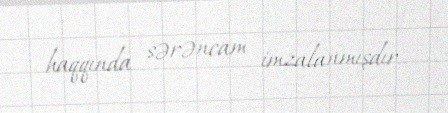
haqqında sərəncam imzalanmışdır.